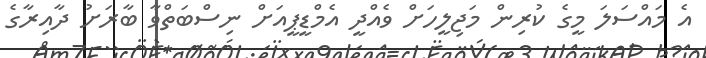
އެ މައްސަލަ މީގެ ކުރިން މަޖިލީހަށް ވެއްދީ އެމްޑީޕީއަށް ނިސްބަތްވާ ބާރަށު ދާއިރާގެ